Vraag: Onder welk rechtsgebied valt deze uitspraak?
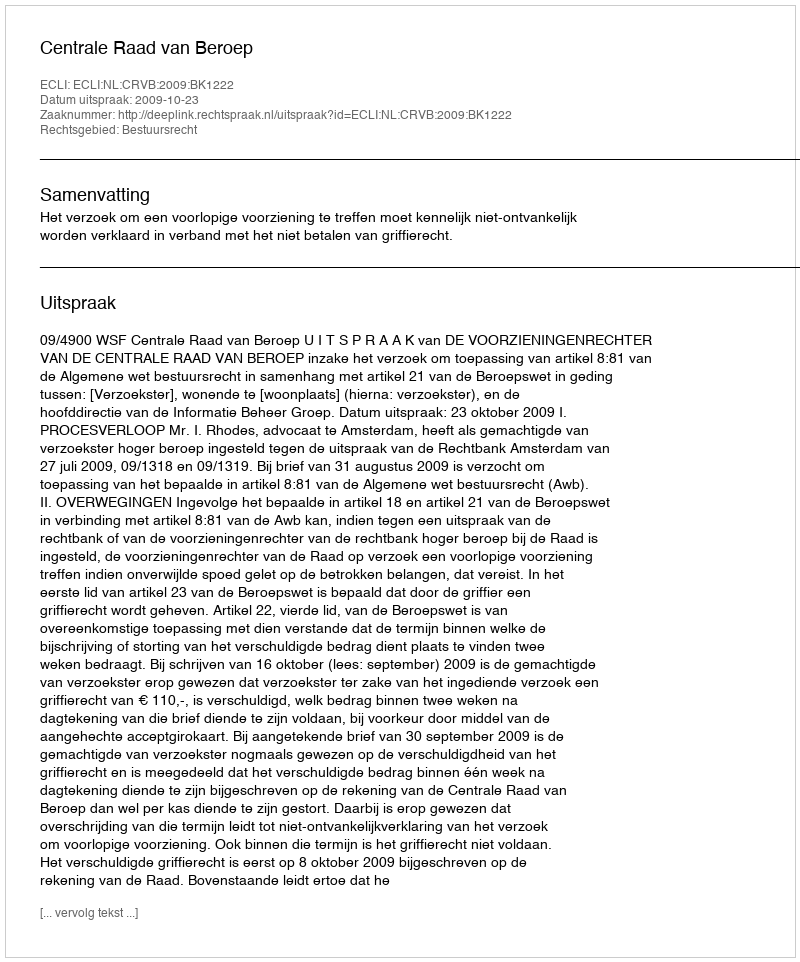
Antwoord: Bestuursrecht